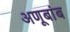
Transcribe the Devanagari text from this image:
अणूबांब